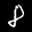
Label: 8